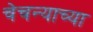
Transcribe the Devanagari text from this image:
चेचन्याच्या